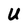
Character: U